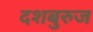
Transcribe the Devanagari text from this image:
दशबुरुज